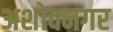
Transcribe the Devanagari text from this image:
अशोक्नगर